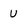
Character: v